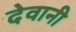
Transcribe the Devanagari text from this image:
देवानी